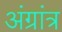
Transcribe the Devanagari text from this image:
अंग्रांत्र